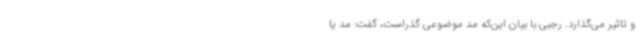
و تاثیر می‌گذارد. رجبی با بیان ‌این‌که مد موضوعی گذراست، گفت: مد یا